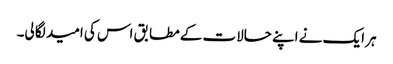
ہر ایک نے اپنے حالات کے مطابق اس کی امید لگا لی۔